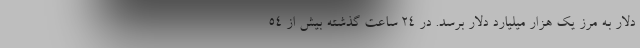
دلار به مرز یک هزار میلیارد دلار برسد. در 24 ساعت گذشته بیش از 54